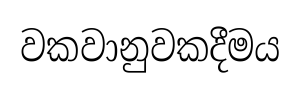
වකවානුවකදීමය